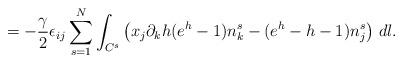
LaTeX: \begin{align*}=-\frac{\gamma}{2}\epsilon_{ij} \sum_{s=1}^{N} \int_{C^{s}}\left(x_{j}\partial_{k}h(e^{h}-1)n_{k}^{s}-(e^{h}-h-1)n_{j}^{s}\right)\, dl.\end{align*}